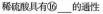
稀硫酸具有⑯___的通性